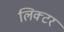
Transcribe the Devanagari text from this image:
लिक्टर